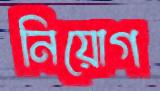
নিয়োগ